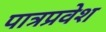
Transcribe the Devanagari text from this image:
पात्रप्रवेश